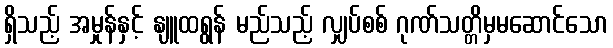
ရှိသည့် အမှုန်နှင့် နျူထရွန် မည်သည့် လျှပ်စစ် ဂုဏ်သတ္တိမှမဆောင်သော